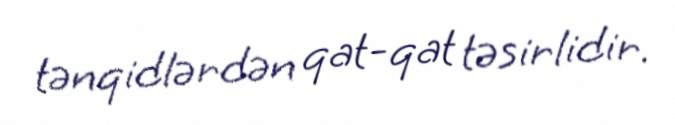
tənqidlərdən qat-qat təsirlidir.